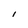
Character: 1